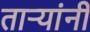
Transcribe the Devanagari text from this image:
तार्‍यांनी